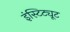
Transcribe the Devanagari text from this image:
इंस्टिट्यूट